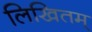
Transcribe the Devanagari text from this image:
लिखितम्